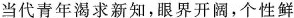
当代青年渴求新知，眼界开阔，个性鲜